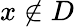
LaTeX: x\notin D